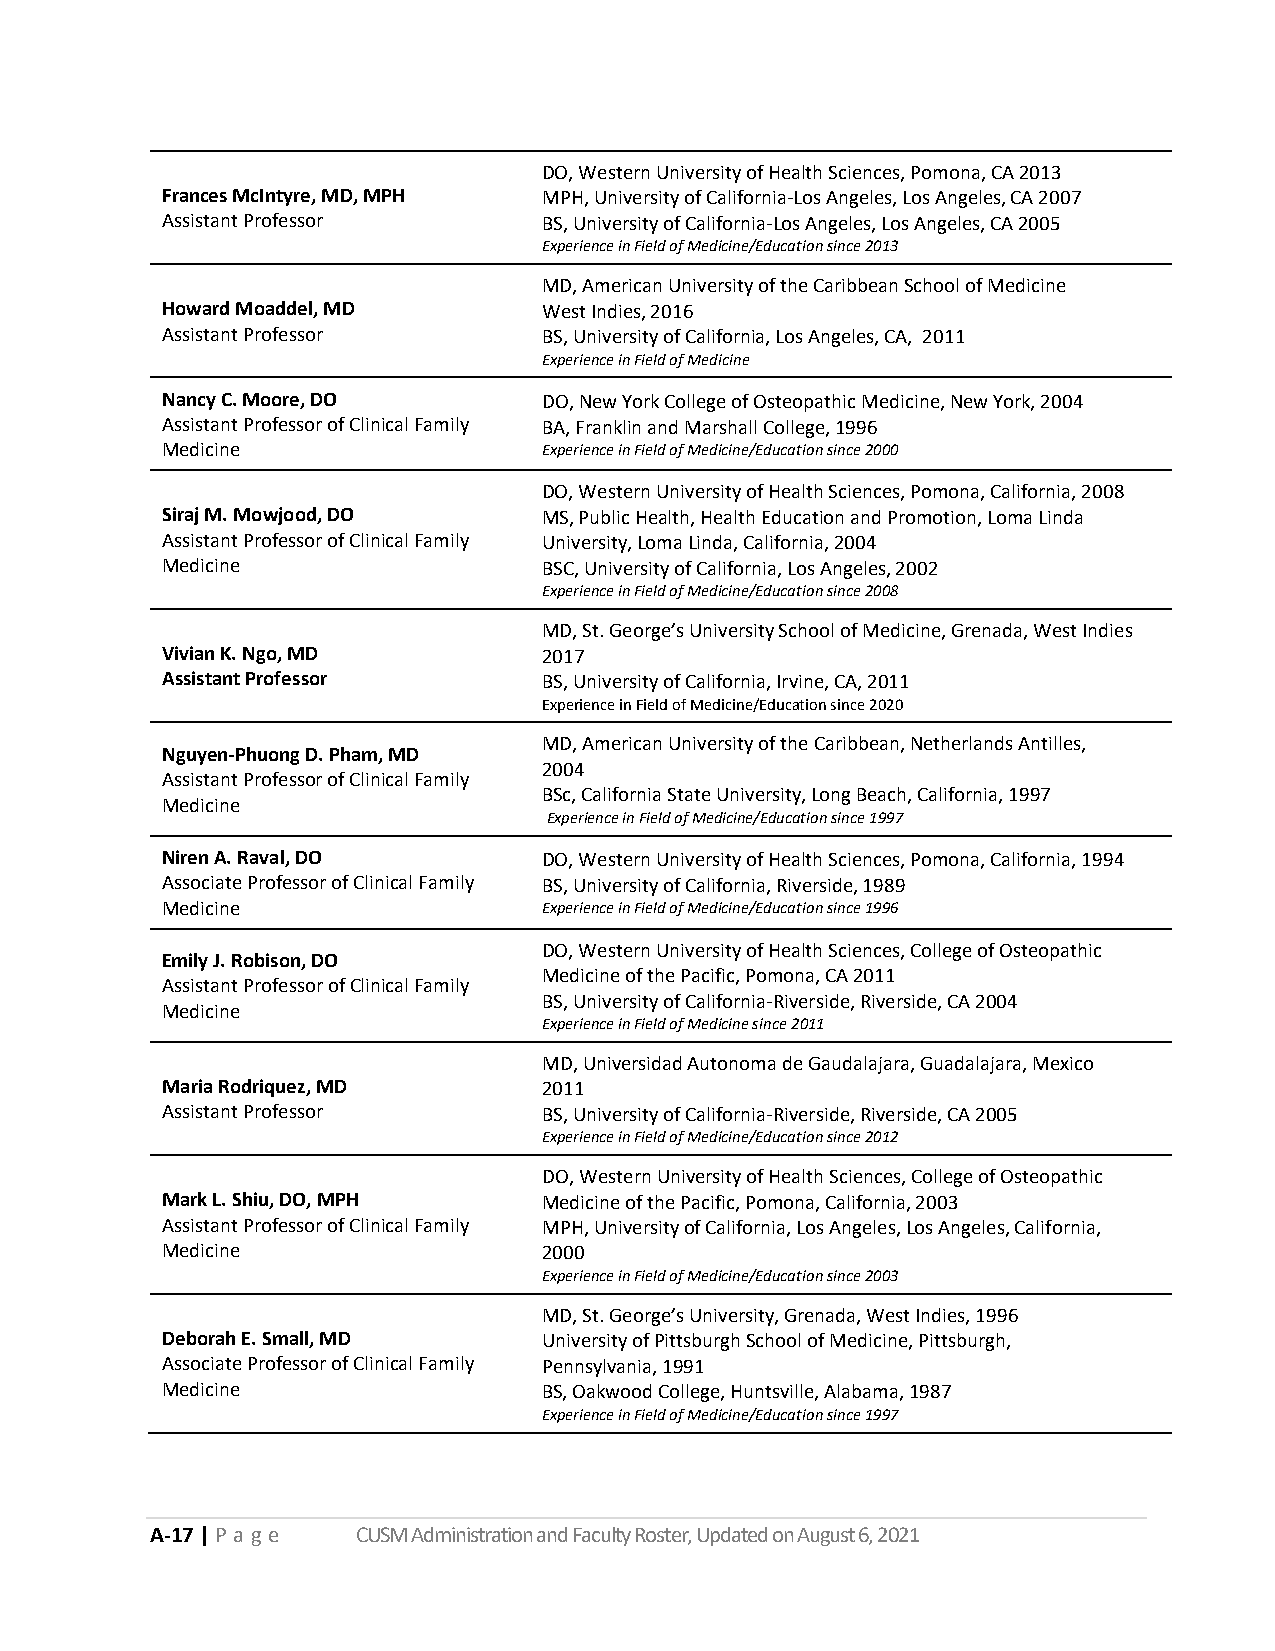
DO, Western University of Health Sciences, Pomona, CA 2013
 Frances McIntyre, MD, MPH MPH, University of California-Los Angeles, Los Angeles, CA 2007
 Assistant Professor      BS, University of California-Los Angeles, Los Angeles, CA 2005
 Experience in Field of Medicine/Education since 2013
 MD, American University of the Caribbean School of Medicine
 Howard Moaddel, MD       West Indies, 2016
 Assistant Professor      BS, University of California, Los Angeles, CA, 2011
 Experience in Field of Medicine
 Nancy C. Moore, DO       DO, New York College of Osteopathic Medicine, New York, 2004
 Assistant Professor of Clinical Family BA, Franklin and Marshall College, 1996
 Medicine                 Experience in Field of Medicine/Education since 2000
 DO, Western University of Health Sciences, Pomona, California, 2008
 Siraj M. Mowjood, DO     MS, Public Health, Health Education and Promotion, Loma Linda
 Assistant Professor of Clinical Family University, Loma Linda, California, 2004
 Medicine                 BSC, University of California, Los Angeles, 2002
 Experience in Field of Medicine/Education since 2008
 MD, St. George’s University School of Medicine, Grenada, West Indies
 Vivian K. Ngo, MD        2017
 Assistant Professor      BS, University of California, Irvine, CA, 2011
 Experience in Field of Medicine/Education since 2020
 MD, American University of the Caribbean, Netherlands Antilles,
 Nguyen-Phuong D. Pham, MD
 2004
 Assistant Professor of Clinical Family
 BSc, California State University, Long Beach, California, 1997
 Medicine
 Experience in Field of Medicine/Education since 1997
 Niren A. Raval, DO       DO, Western University of Health Sciences, Pomona, California, 1994
 Associate Professor of Clinical Family BS, University of California, Riverside, 1989
 Medicine                 Experience in Field of Medicine/Education since 1996
 DO, Western University of Health Sciences, College of Osteopathic
 Emily J. Robison, DO
 Medicine of the Pacific, Pomona, CA 2011
 Assistant Professor of Clinical Family
 BS, University of California-Riverside, Riverside, CA 2004
 Medicine
 Experience in Field of Medicine since 2011
 MD, Universidad Autonoma de Gaudalajara, Guadalajara, Mexico
 Maria Rodriquez, MD      2011
 Assistant Professor      BS, University of California-Riverside, Riverside, CA 2005
 Experience in Field of Medicine/Education since 2012
 DO, Western University of Health Sciences, College of Osteopathic
 Mark L. Shiu, DO, MPH    Medicine of the Pacific, Pomona, California, 2003
 Assistant Professor of Clinical Family MPH, University of California, Los Angeles, Los Angeles, California,
 Medicine                 2000
 Experience in Field of Medicine/Education since 2003
 MD, St. George’s University, Grenada, West Indies, 1996
 Deborah E. Small, MD     University of Pittsburgh School of Medicine, Pittsburgh,
 Associate Professor of Clinical Family Pennsylvania, 1991
 Medicine                 BS, Oakwood College, Huntsville, Alabama, 1987
 Experience in Field of Medicine/Education since 1997
 A-17 | P a g e CUSM Administration and Faculty Roster, Updated on August 6, 2021